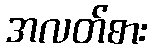
အလတ်စား